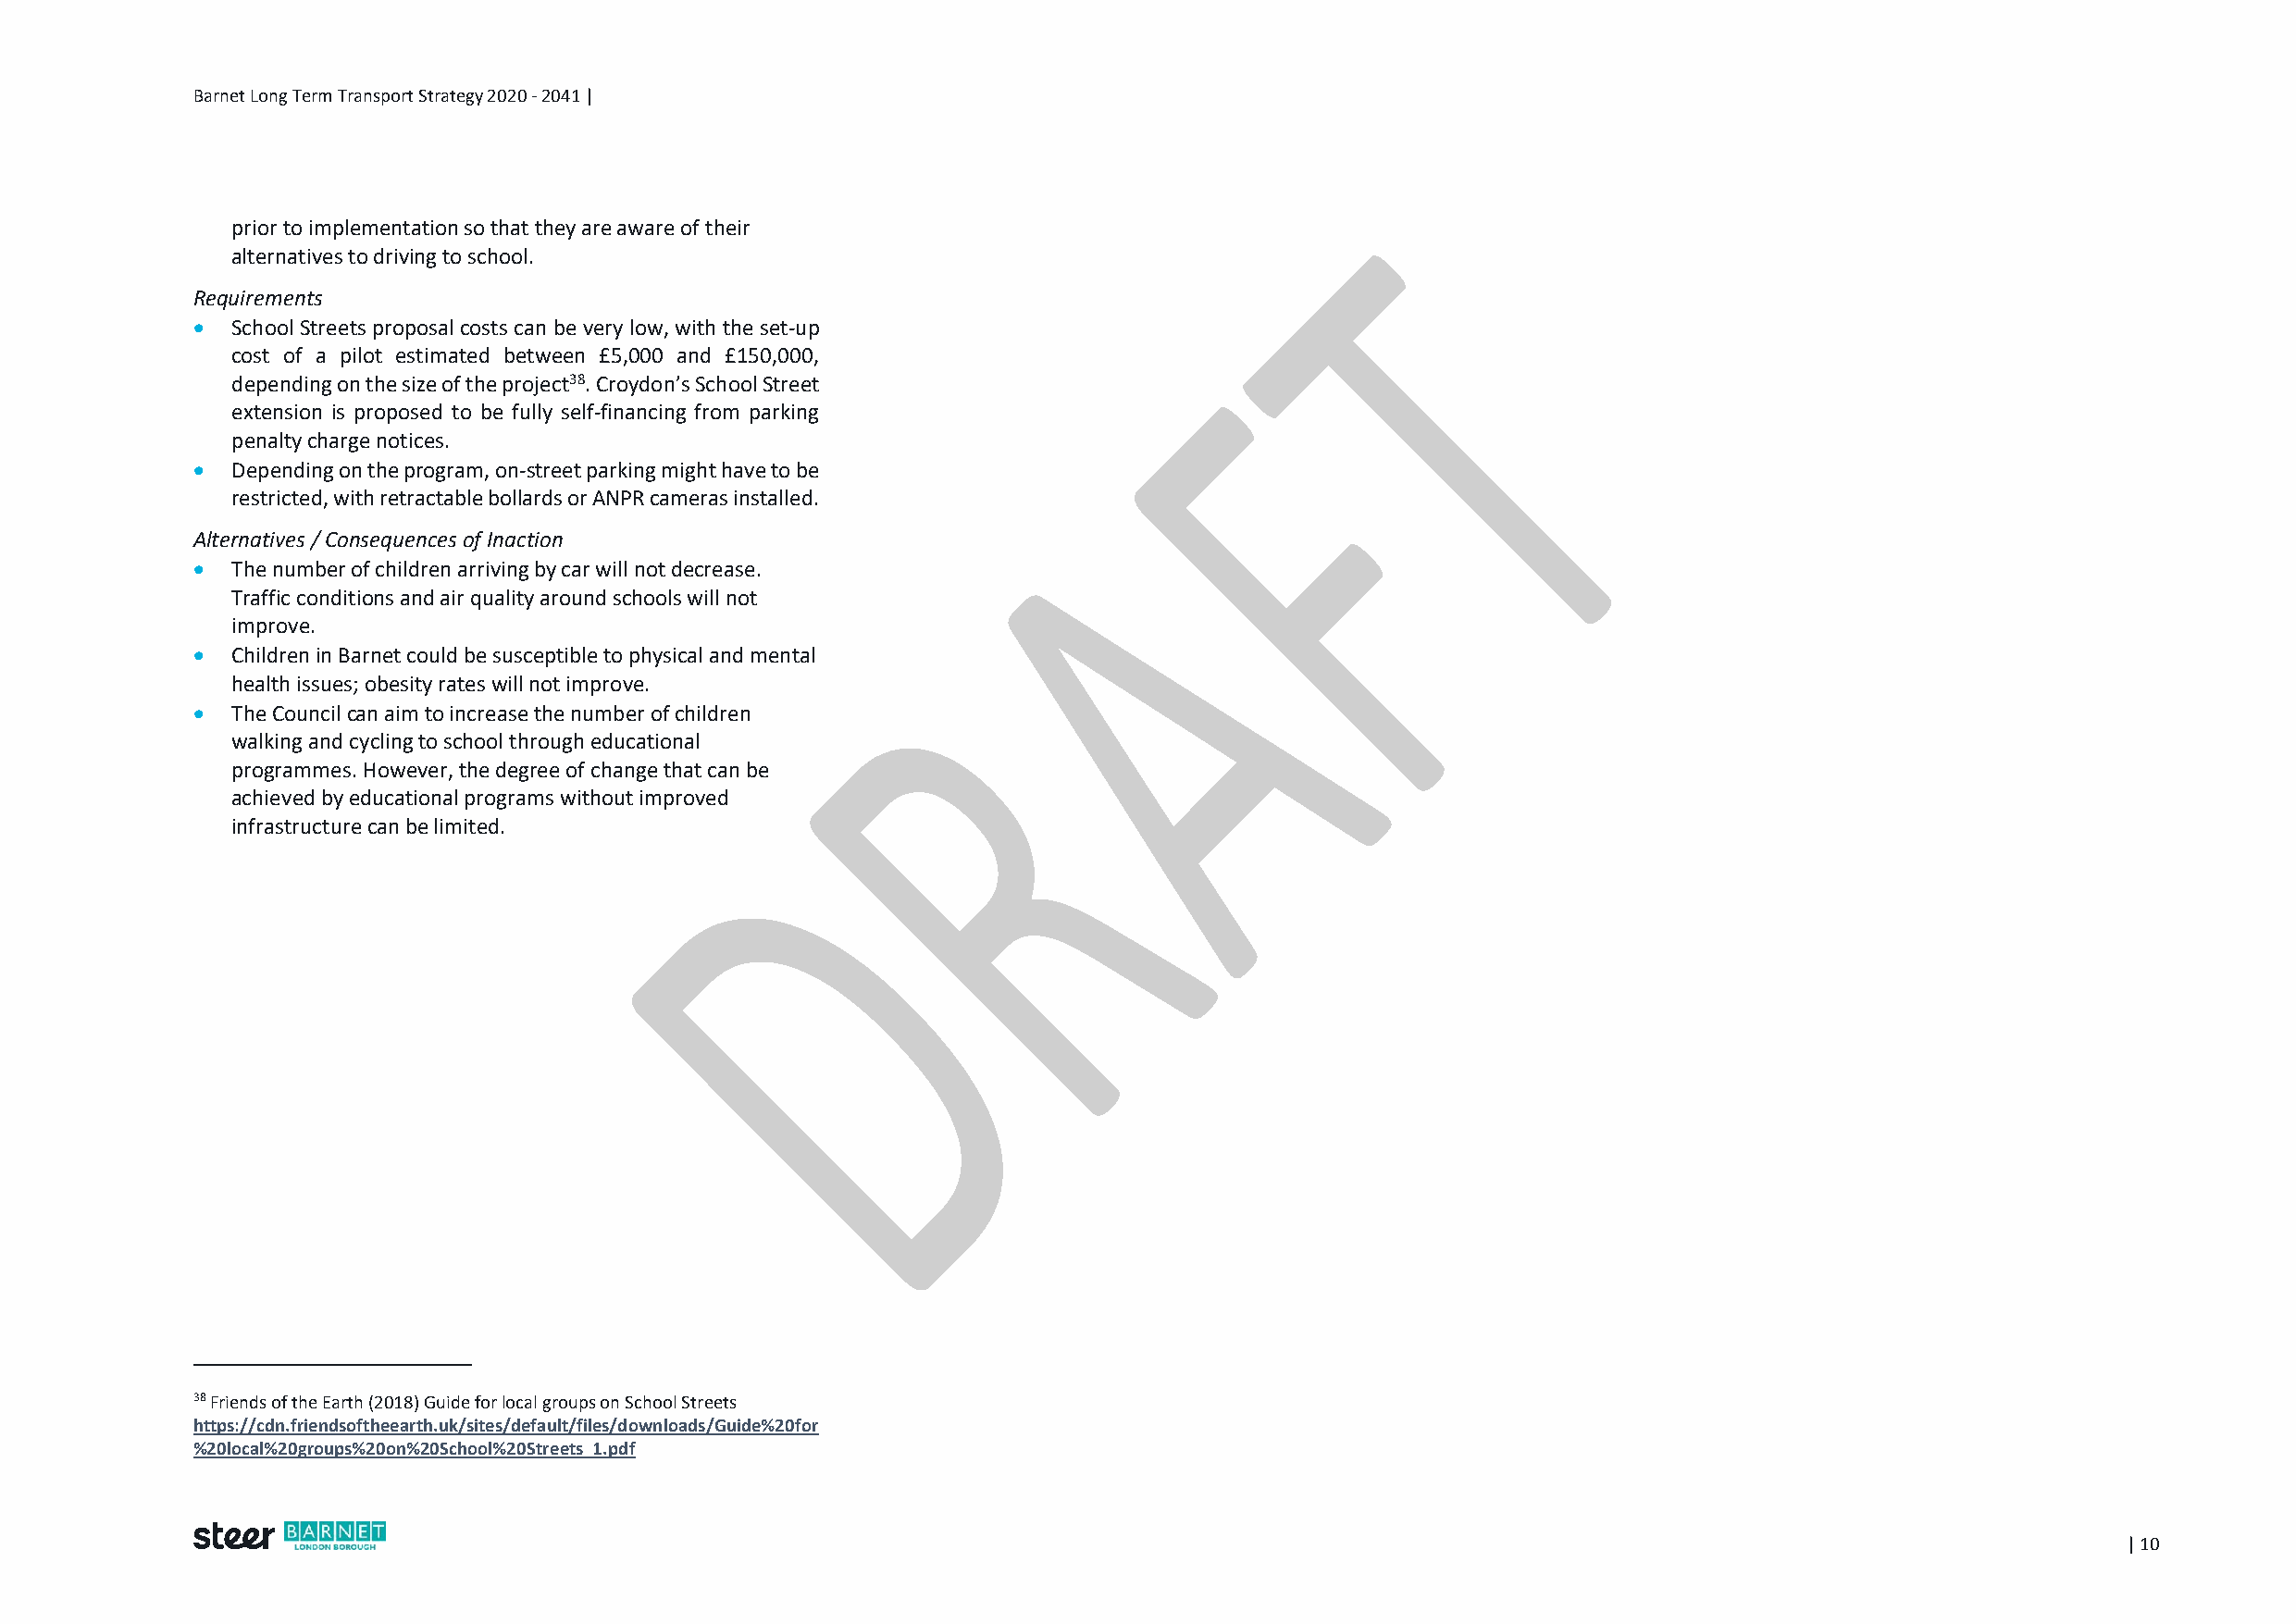
Barnet Long Term Transport Strategy 2020 - 2041 |
 prior to implementation so that they are aware of their
 alternatives to driving to school.
 Requirements
   School Streets proposal costs can be very low, with the set-up
 cost of a pilot estimated between £5,000 and £150,000,
 depending on the size of the project38. Croydon’s School Street
 extension is proposed to be fully self-financing from parking
 penalty charge notices.
   Depending on the program, on-street parking might have to be
 restricted, with retractable bollards or ANPR cameras installed.
 Alternatives / Consequences of Inaction
   The number of children arriving by car will not decrease.
 Traffic conditions and air quality around schools will not
 improve.
   Children in Barnet could be susceptible to physical and mental
 health issues; obesity rates will not improve.
   The Council can aim to increase the number of children
 walking and cycling to school through educational
 programmes. However, the degree of change that can be
 achieved by educational programs without improved
 infrastructure can be limited.
 38 Friends of the Earth (2018) Guide for local groups on School Streets
 https://cdn.friendsoftheearth.uk/sites/default/files/downloads/Guide%20for
 %20local%20groups%20on%20School%20Streets_1.pdf
 | 10